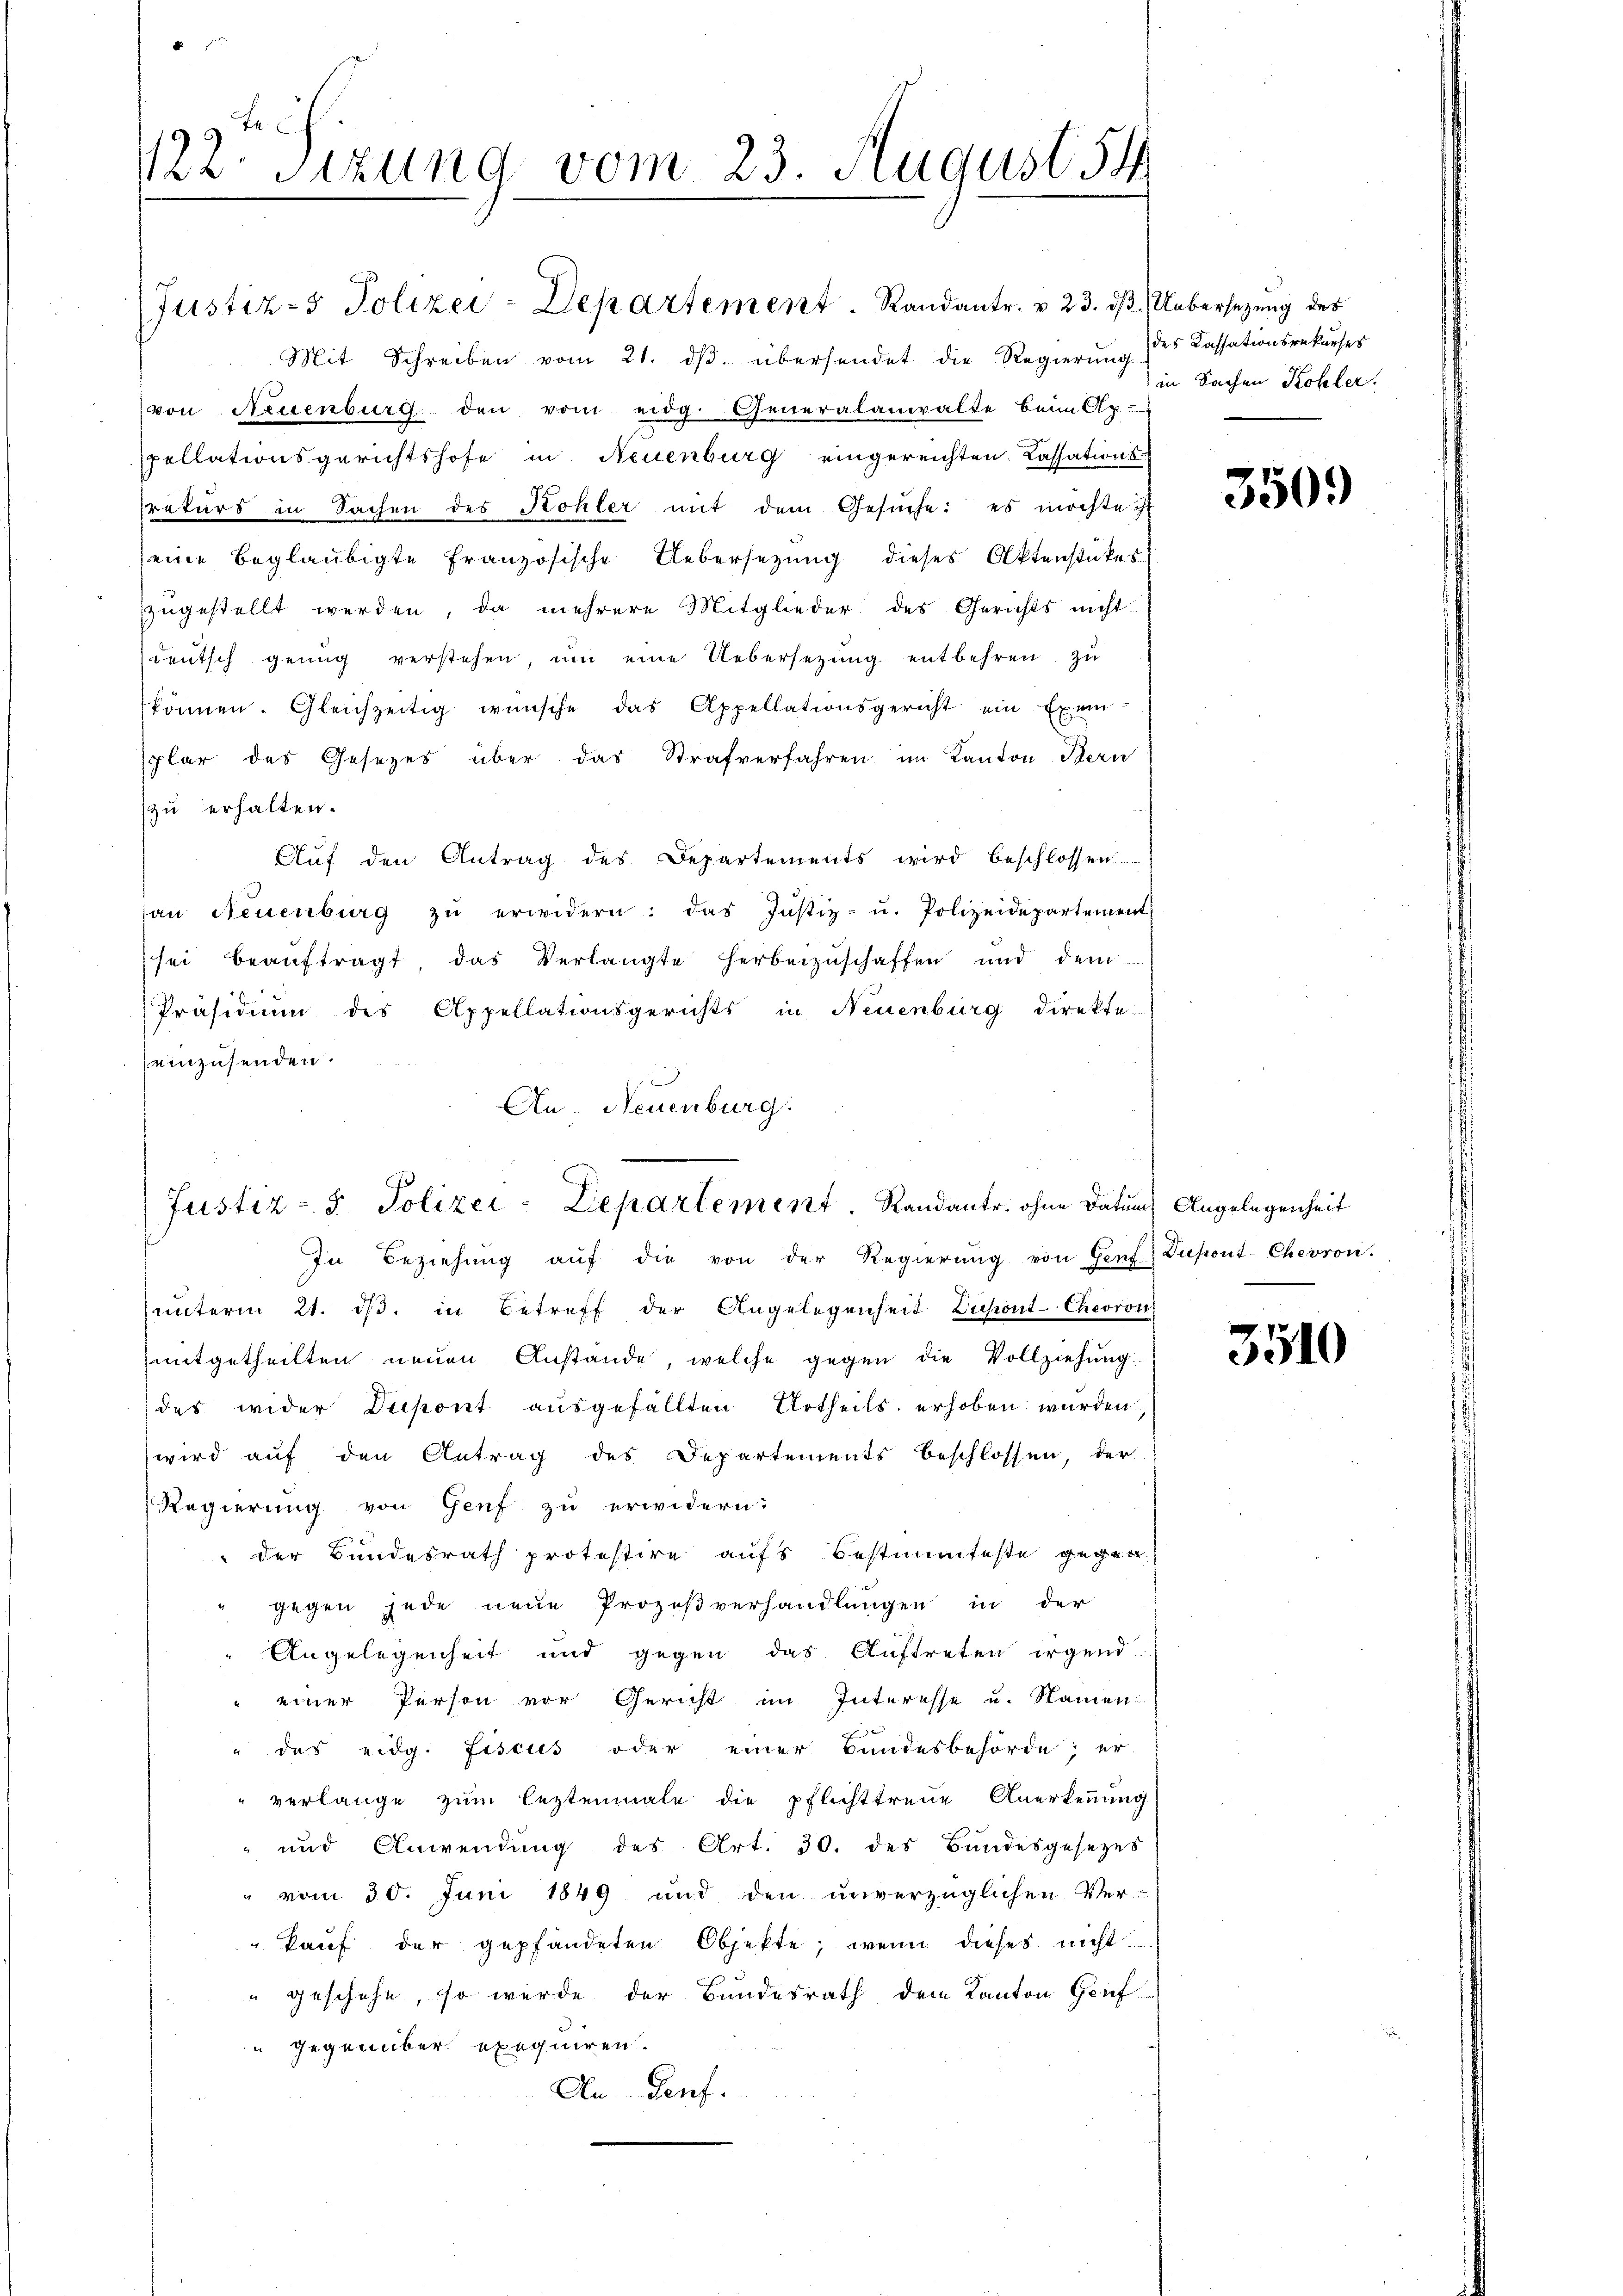
122. Sitzung vom 23. August 54

Mit Schreiben vom 21. ds. übersendet die Regierung des Cassationsrekurser
(von Neuenburg den vom eidg. Generalanwalte beim Ap-
spellationsgerichtshofe in Neuenburg eingereichten. Cassationsrekurs in Sachen des Kohler mit dem Gesŭche: es möchte ist
eine beglaubigte französische Uebersezung dieses Aktenstükes
zugestellt werden, da mehrere Mitglieder des Gerichts nicht
deutsch genug verstehen, ŭm eine Uebersetzung entbehren, zu
können. Gleichzeitig wünsche das Appellationsgericht ein Exem
splar des Gesezes über das Strafverfahren im Kanton Bern
zu erhalten.
Auf den Antrag des Departements wird beschlossen.
an Neuenburg zŭ erwidern: das Justiz- u. Polizeidepartement
sei beaŭftragt das Verlangte herbeizuschaffen und dem
Präsidium des Appellationsgerichts in Neuenburg direkte
einzusenden.
An- Neuenburg.

Justiz- & Polizei-Departement. Randantr. v. 23. dβ. Uebersezung des

Justiz - 5. Polizei-Lepartement Randantr. ohne Datum) Angelegenheit

In Beziehŭng aŭf die von der Regierŭng von Genf. Diepont-Chevron.
unterm 21. dβ. in Betreff der Angelegenheit Dupont-Chevron
mitgetheilten neuen Anstände, welche gegen die Vollziehung
des wider Dispont ausgefällten Urtheils erhoben wurden
wird auf den Antrag des Departements beschlossen, der
Regierung von Genf zu erwidern:
 der Bundesrath protestire aufs Bestimmteste gegen
gegen jede neue Prozeßverhandlungen in der
Angelegenheit und gegen das Auftreten irgend
 einer Person vor Gericht im Interesse u. Namen
" das eidg. Fiscus oder einer Bundesbehörde; er-
" verlange zum leztenmale die pflichttreue Anerkennung
und Anwendung des Art. 30. des Bundesgesetzes
" vom 30. Juni 1849 und den unverzüglichen Ver-
" kauf der gepfändeten Objekte, wenn dieses nicht
" geschehe, so wurde der Bundesrath dem Kanton Grif
u gegenüber exequiren.
An Genf.

in Sachen Kohler.

350.

3510